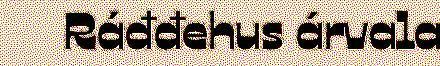
Ráđđehus árvala